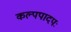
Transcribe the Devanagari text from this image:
कल्पपादपः